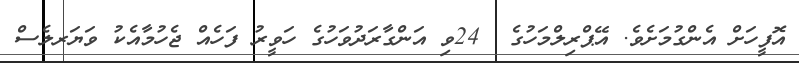
އޮފީހަށް އެންގުމަށެވެ. އޭޕްރިލްމަހުގެ  24ވި އަންގާރަދުވަހުގެ ހަވީރު ފަހެއް ޖެހުމާއެކު ވަޔަރލެސް